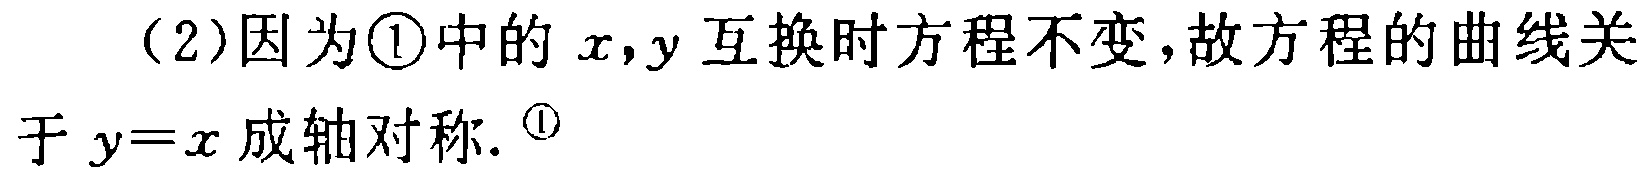
（2）因为\textcircled{1}中的\(x,y\)互换时方程不变，故方程的曲线关于\(y = x\)成轴对称. \textcircled{1}